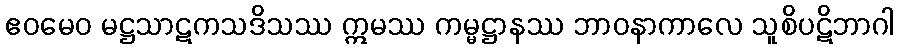
ဧဝမေဝ မဋ္ဌသာဋကသဒိသဿ ဣမဿ ကမ္မဋ္ဌာနဿ ဘာဝနာကာလေ သူစိပဋိဘာဂါ